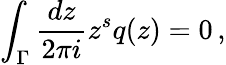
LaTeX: \int_{\Gamma}\frac{dz}{2\pi i}z^{s}q(z)=0\, ,